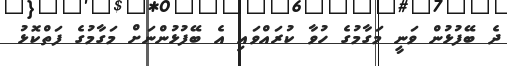
ދެ ބޭފުޅުން ވަނީ މަގާމުގެ ހުވާ ކުރައްވައި އެ ބޭފުޅުންނަށް މަގާމުގެ ފަތްކޮޅު